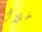
خلال